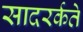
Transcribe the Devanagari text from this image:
सादरर्कते